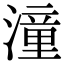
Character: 潼